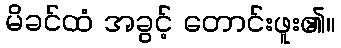
မိခင်ထံ အခွင့် တောင်းဖူး၏။